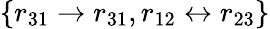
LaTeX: \{ r_{31}\rightarrow r_{31},r_{12}\leftrightarrow r_{23}\}